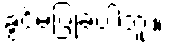
ခွင့်မပြုခဲ့ပါဘူး။